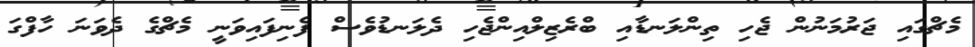
މެޗްގައި ޖަރުމަނުން ޖެހި ތިންލަނޑާއި ބްރެޒިލްއިންޖެހި ދެލަނޑުވެސް ފެނިފައިވަނީ މެޗްގެ ދެވަނަ ހާފްގަ